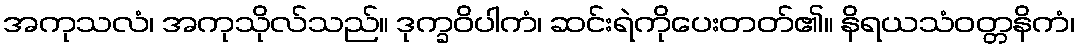
အကုသလံ၊ အကုသိုလ်သည်။ ဒုက္ခဝိပါကံ၊ ဆင်းရဲကိုပေးတတ်၏။ နိရယသံဝတ္တနိကံ၊